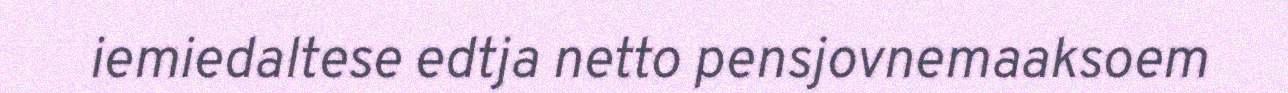
iemiedaltese edtja netto pensjovnemaaksoem